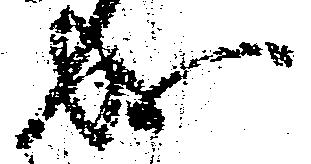
成